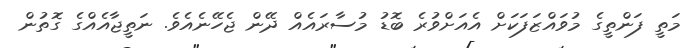
މަތީ ފަންތީގެ މުވައްޒަފަކަށް އެއަށްވުރެ ބޮޑު މުސާރައެއް ދޭން ޖެހޭނެއެވެ. ނަތީޖާއެއްގެ ގޮތުން